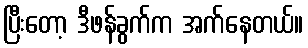
ပြီးတော့ ဒီဖန်ခွက်က အက်နေတယ်။